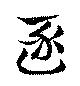
逐